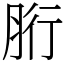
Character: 胻